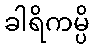
ခါရိကမ္ပိ